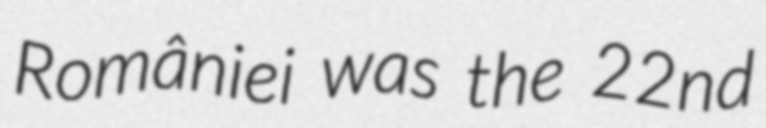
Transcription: României was the 22nd